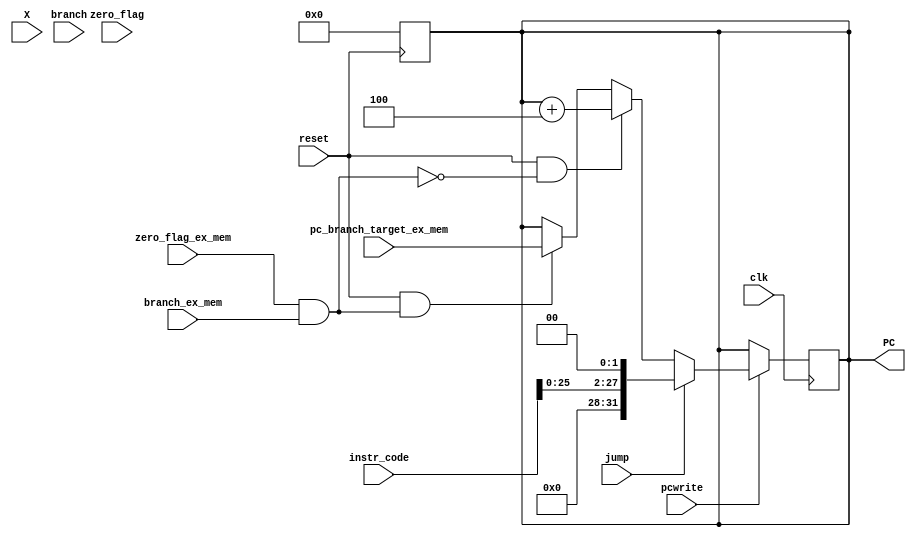
`timescale 1ns / 1ps
//////////////////////////////////////////////////////////////////////////////////
// Company: 
// Engineer: 
// 
// Design Name: 
// Module Name: PC_value
// Project Name: 
// Target Devices: 
// Tool Versions: 
// Description: 
// 
// Dependencies: 
// 
// Revision:
// Revision 0.01 - File Created
// Additional Comments:
// 
//////////////////////////////////////////////////////////////////////////////////

module PC_Value(output reg [31:0] PC ,
input branch ,
input branch_ex_mem,
input zero_flag_ex_mem,
input [31:0] pc_branch_target_ex_mem,
input zero_flag ,
input reset ,
input clk,
input [31:0]X,
input jump,
input [31:0]instr_code,
input pcwrite
    );
reg PCsrc;

always@(negedge reset)
begin
if(reset == 0)
PC = 0;
end

always@(posedge clk)
begin

if(pcwrite == 1'b0)
begin 
PC = PC;
end

else
begin
if (jump == 1'b1)
PC = {4'b0000,instr_code[25:0],2'b00};

else
begin
PCsrc = (zero_flag_ex_mem) & branch_ex_mem ; //basically flush signal
if(reset == 1'b1 && PCsrc == 1'b0)
PC = PC + 4;

else if(reset == 1 && PCsrc == 1'b1)
PC = pc_branch_target_ex_mem;
end
end

end
endmodule